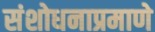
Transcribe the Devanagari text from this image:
संशोधनाप्रमाणे